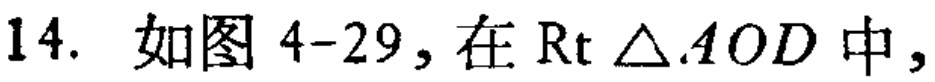
14. 如图 4-29, 在$\mathrm{Rt}\triangle AOD$中,